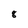
Character: 8